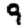
Digit: 9